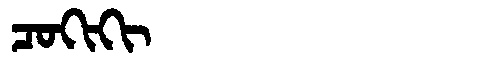
Manchu: ᠴᠣᡴᡳᡴᡳ
Romanization: COKIKI